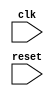
module AXI_bus_controller (
  input wire clk,
  input wire reset,
  // Other input/output ports

  // Define timing control and synchronization blocks here
  
);

// Define your Verilog code for the timing control and synchronization blocks here

endmodule